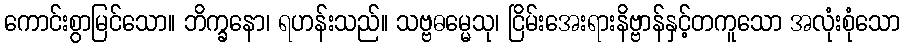
ကောင်းစွာမြင်သော။ ဘိက္ခနော၊ ရဟန်းသည်။ သဗ္ဗဓမ္မေသု၊ ငြိမ်းအေးရားနိဗ္ဗာန်နှင့်တကူသော အလုံးစုံသော